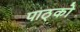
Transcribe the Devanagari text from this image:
पाठ्को